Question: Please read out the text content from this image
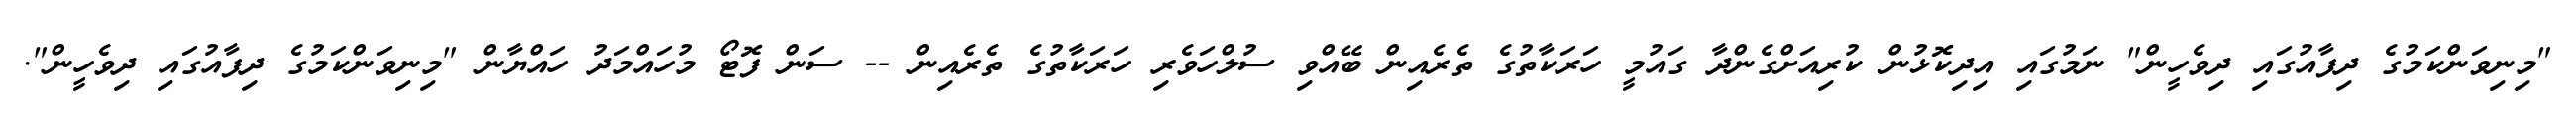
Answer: "މިނިވަންކަމުގެ ދިފާއުގައި ދިވެހީން" ނަމުގައި އިދިކޮޅުން ކުރިއަށްގެންދާ ގައުމީ ހަރަކާތުގެ ތެރެއިން ބޭއްވި ސުލްހަވެރި ހަރަކާތުގެ ތެރެއިން -- ސަން ފޮޓޯ މުހައްމަދު ހައްޔާން "މިނިވަންކަމުގެ ދިފާއުގައި ދިވެހީން".